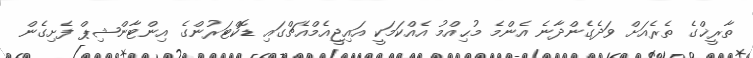
ތާރީޚްގެ ތެރެއަށް ވަދެގެންދާނެ އެންމެ މުޙިއްމު އެއްކަމަކީ އައިޖީއެމްއެޗްގައި ޑޮކްޓަރުންގެ އިންޓާންޝިޕް ފެށިގެން